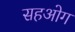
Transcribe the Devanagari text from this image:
सहओग